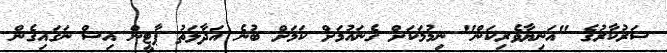
ސަރުކާރުގެ "އަނިޔާވެރިކަން" ނިމުމަކަށް ގެނައުމަށް ކަމަށް ބުނެ އަދާލަތު ޕާޓީން އިސް ނަގައިގެން